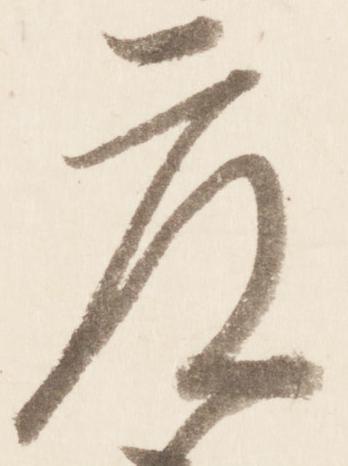
度